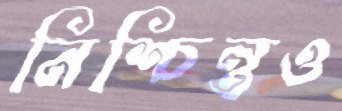
নিশ্চিন্তও